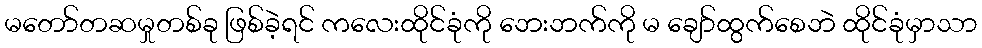
မတော်တဆမှုတစ်ခု ဖြစ်ခဲ့ရင် ကလေးထိုင်ခုံကို ဘေးဘက်ကို မ ချော်ထွက်စေဘဲ ထိုင်ခုံမှာသာ